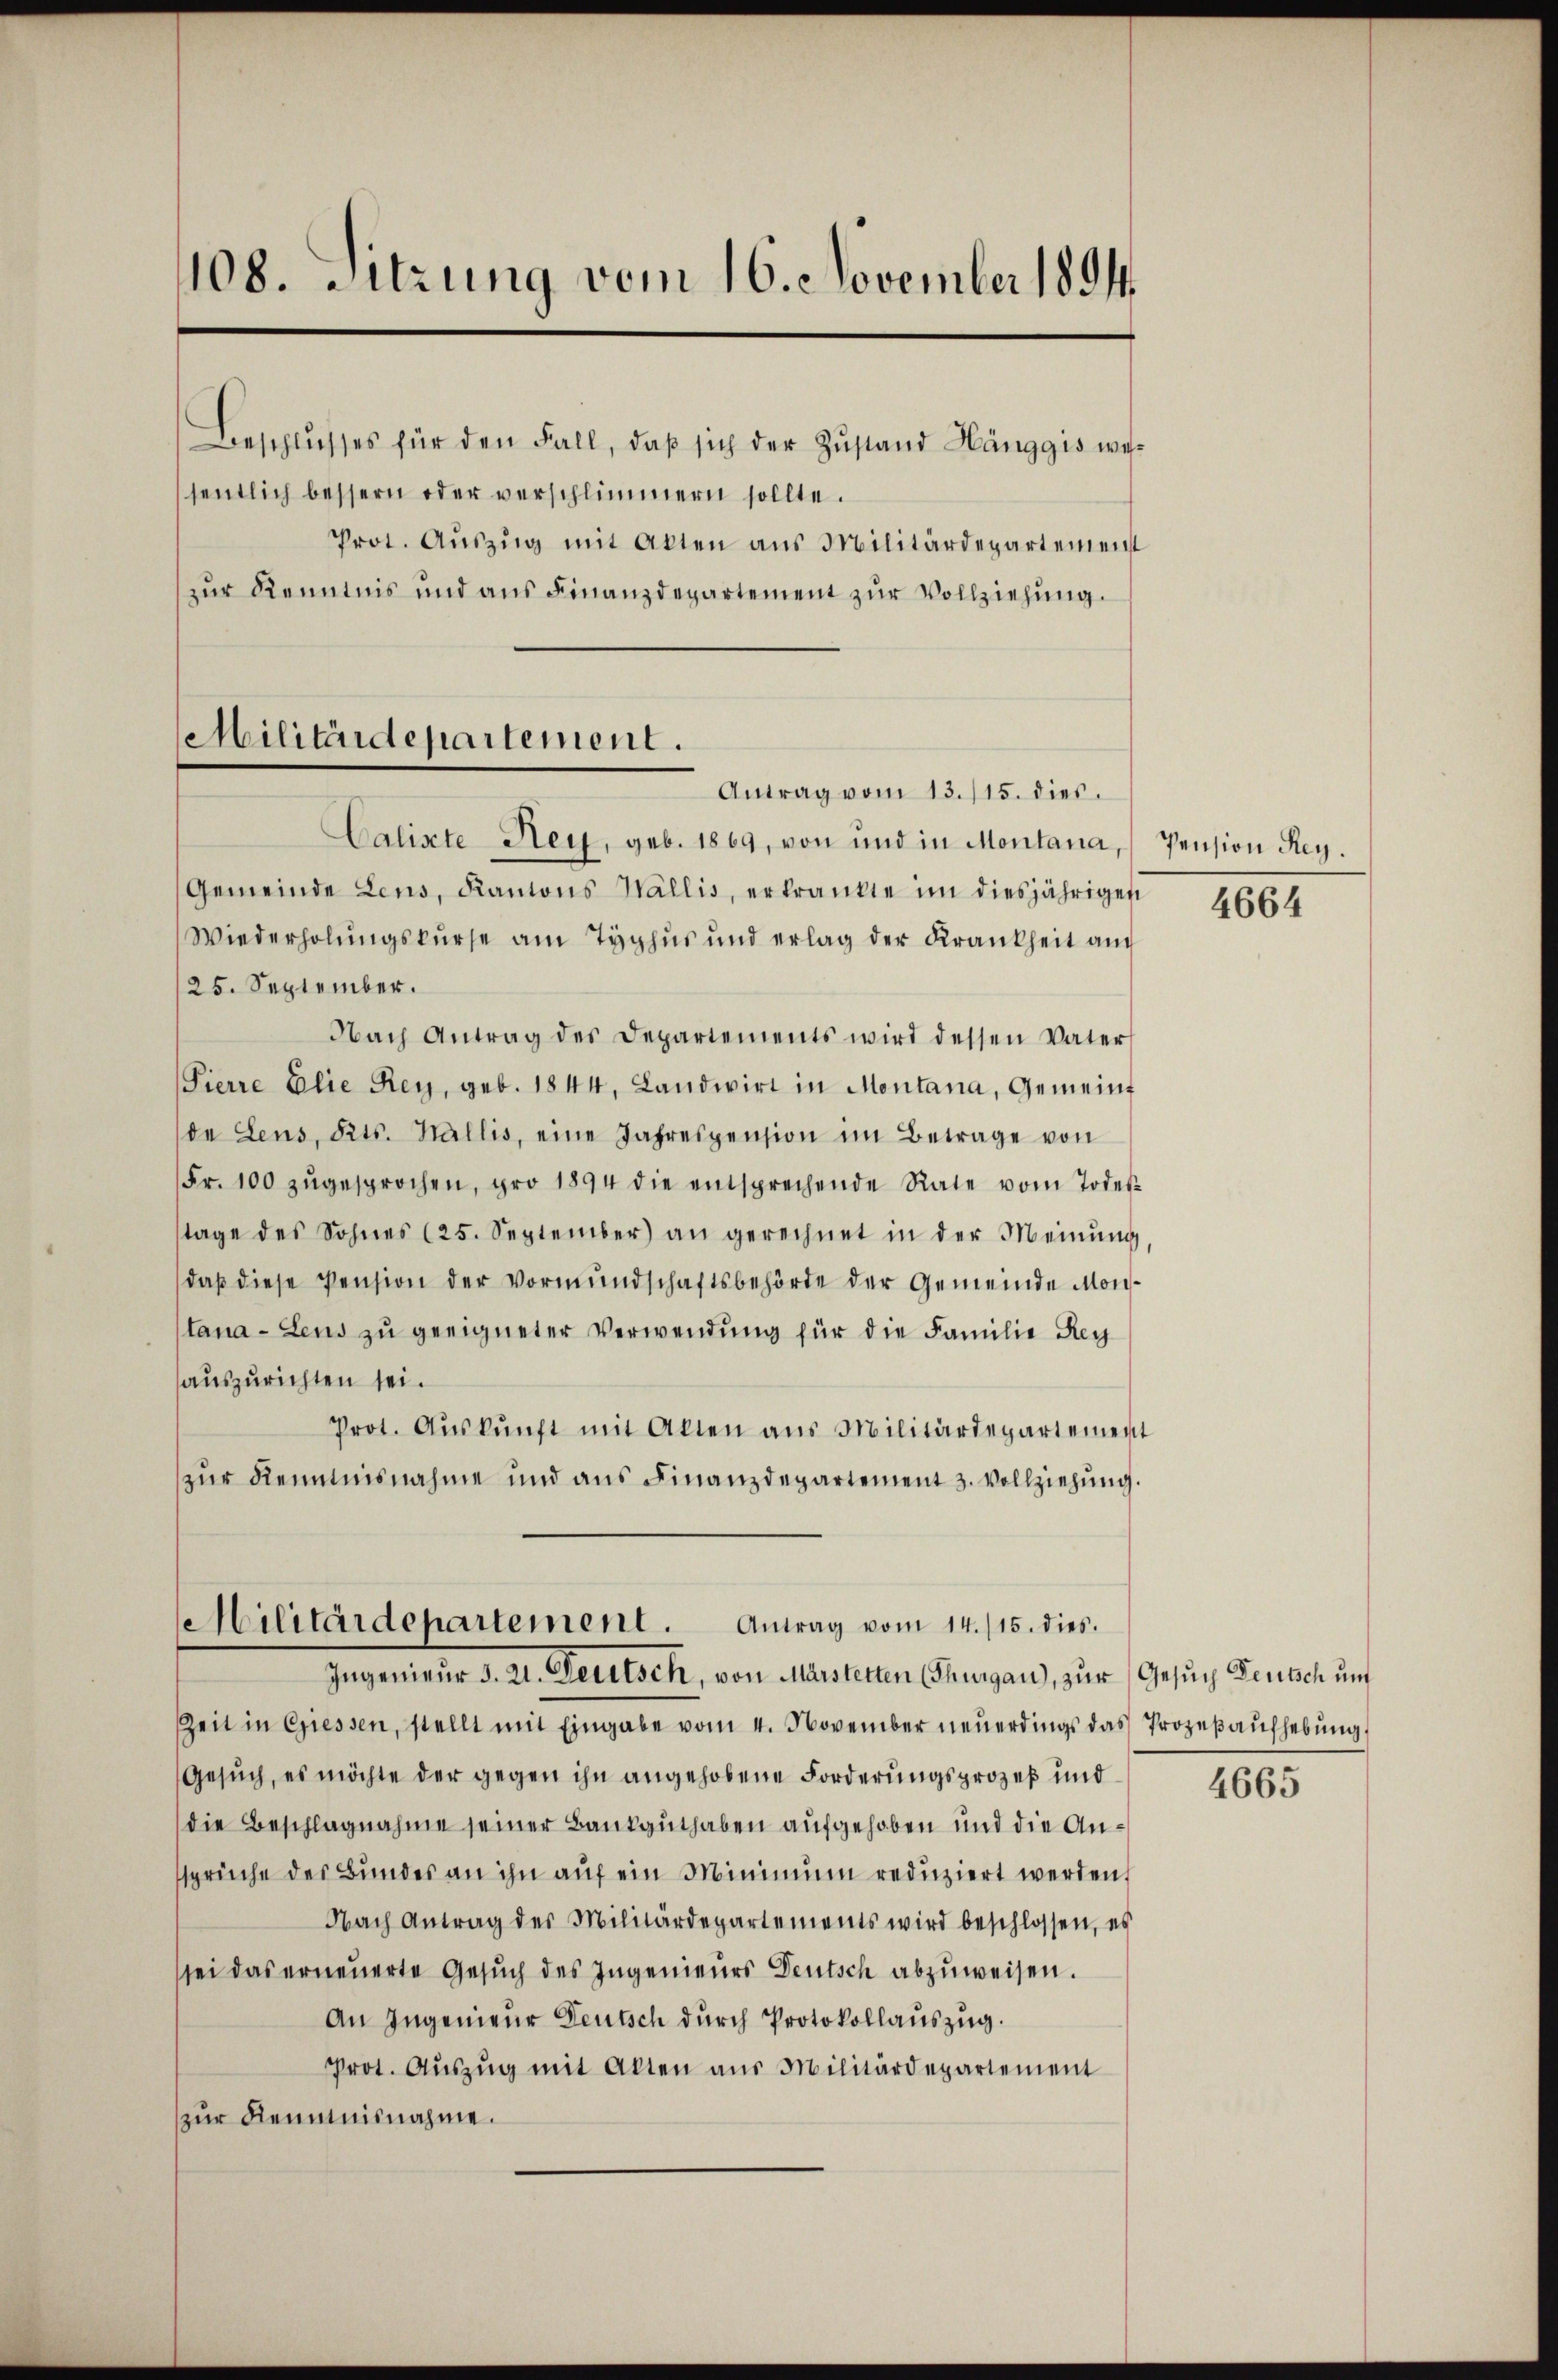
108. Sitzung vom 16. November 1891.

Beschlŭsses für den Fall, daβ sich der Zŭstand Hänggis wesentlich bessern oder verschlimmern sollte.
Prot. Auszug mit Akten aus Militärdepartement
zur Kenntnis und ans Finanzdepartement zŭr Vollziehung.
Calixte Hey, geb. 1869, von und in Montana,
Gemeinde Leus, Kantons Wallis, erkrankte im diesjährigen
Wiederholungskurse am Typhus und erlag der Krankheit auch
25. September.
Nach Antrag des Departements wird dessen Vaters
Pierre Elie Rey, geb. 1844, Landwirt in Montana, Gemeind
de Leus, Kts. Wallis, eine Jahrespension im Betrage von
Fr. 100 zŭgesprochen, pro 1894 die entsprechende Rate vom Todes-
tage des Sohnes (25. September) an gerechnet in der Meinŭng,
daβ diese Pension der Vormundschaftsbehörde der Gemeinde Montana-Leus zu geeigneter Verwendung für die Familie Reg
auszurichten sei.
Prot. Aŭskŭnft mit Akten aus Militärdepartement
zŭr Kenntnisnahme und ans Finanzdepartement 3. Vollziehŭng.

Militärdepartement.
Antrag vom 13./15. dies

Militärdepartement. Antrag vom 14. /15. dies.
Ingenieur d. 21. Deutsch, von Märsterten (Thurgau), zur Gesuch Deutsch und

Zeit in Giessen, stellt mit Eingabe vom 4. November neŭerdings das Prozeβaŭfhebŭng
Gesŭch, es möchte der gegen ihn angehobene Forderungsprozeß und
die Beschlagnahme seiner Bankguthaben aufgehoben und die Ansprüche des Bundes an ihn auf ein Minimum redŭziert werden,
Nach Antrag des Militärdepartements wird beschlossen, es
sei das erneuerte Gesuch des Ingenieurs Deutsch abzuweisen.
An Ingenieur Deutsch durch Protokollauszug.
Prot. Aŭszŭg mit Akten aus Militärdepartement
zur Kenntnisnahme.

Pension Rey.

4664

4665